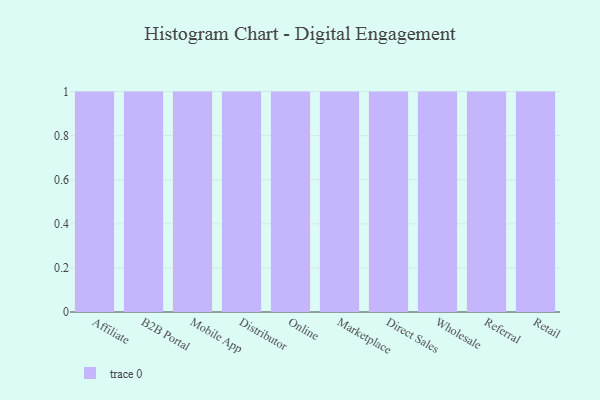
{"axis": {"x": "Channel", "y": "Shipments"}, "legend": [""], "data": [{"x": "Affiliate", "y": 70, "type": ""}, {"x": "B2B Portal", "y": 43, "type": ""}, {"x": "Mobile App", "y": 27, "type": ""}, {"x": "Distributor", "y": 23, "type": ""}, {"x": "Online", "y": 94, "type": ""}, {"x": "Marketplace", "y": 14, "type": ""}, {"x": "Direct Sales", "y": 33, "type": ""}, {"x": "Wholesale", "y": 51, "type": ""}, {"x": "Referral", "y": 76, "type": ""}, {"x": "Retail", "y": 73, "type": ""}]}